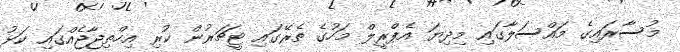
މުސާރައިގެ މައްސަލާގައި މިދިޔަ އެޕްރީލް މަހުގެ ތެރޭގައި ޓީޗަރުން ކުރި އިހްތިޖާޖެއްގައި ކަޅު